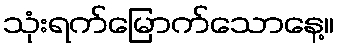
သုံးရက်မြောက်သောနေ့။